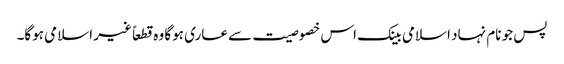
پس جو نام نہاد اسلامی بینک اس خصوصیت سے عاری ہوگا وہ قطعاً غیر اسلامی ہوگا۔